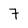
Character: 7